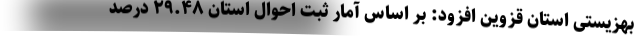
بهزیستی استان قزوین افزود: بر اساس آمار ثبت ‌احوال استان ۲۹.۴۸ درصد